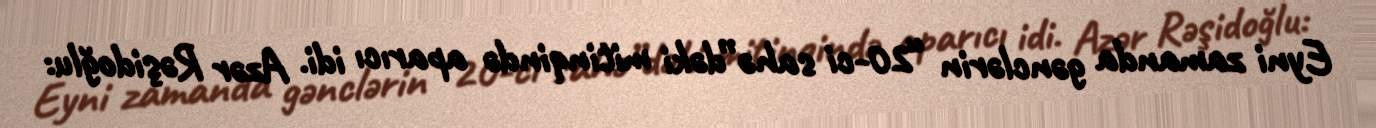
Eyni zamanda gənclərin “20-ci sahə”dəki mitinqində aparıcı idi. Azər Rəşidoğlu: